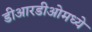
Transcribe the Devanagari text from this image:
डीआरडीओमध्ये